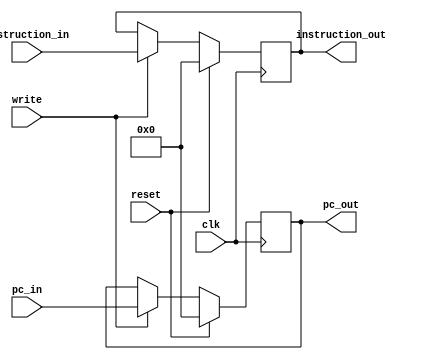
module IF_ID_reg(clk,reset,write,pc_in,instruction_in,pc_out,instruction_out);
  
  input clk,write,reset;
  input [31:0] pc_in;
  input [31:0] instruction_in;
  
  output reg [31:0] pc_out;
  output reg [31:0] instruction_out;
  
  always@(posedge clk) begin
    if (reset) begin
      pc_out<=32'b0;
      instruction_out<=32'b0;
    end
    else begin
      if(write) begin
        pc_out <= pc_in;
        instruction_out <= instruction_in;
      end
    end
  end

endmodule